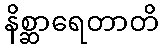
နိစ္ဆာရေတာတိ